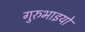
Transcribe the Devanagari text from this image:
गुरुभाइयों